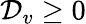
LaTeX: \mathcal{D}_{v}\geq 0